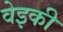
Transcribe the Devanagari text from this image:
वेइकी